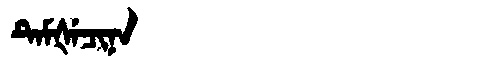
Manchu: ᡨᡝᠮᡧᡝᠴᡳᠨᠠ
Romanization: TEMŠECINA